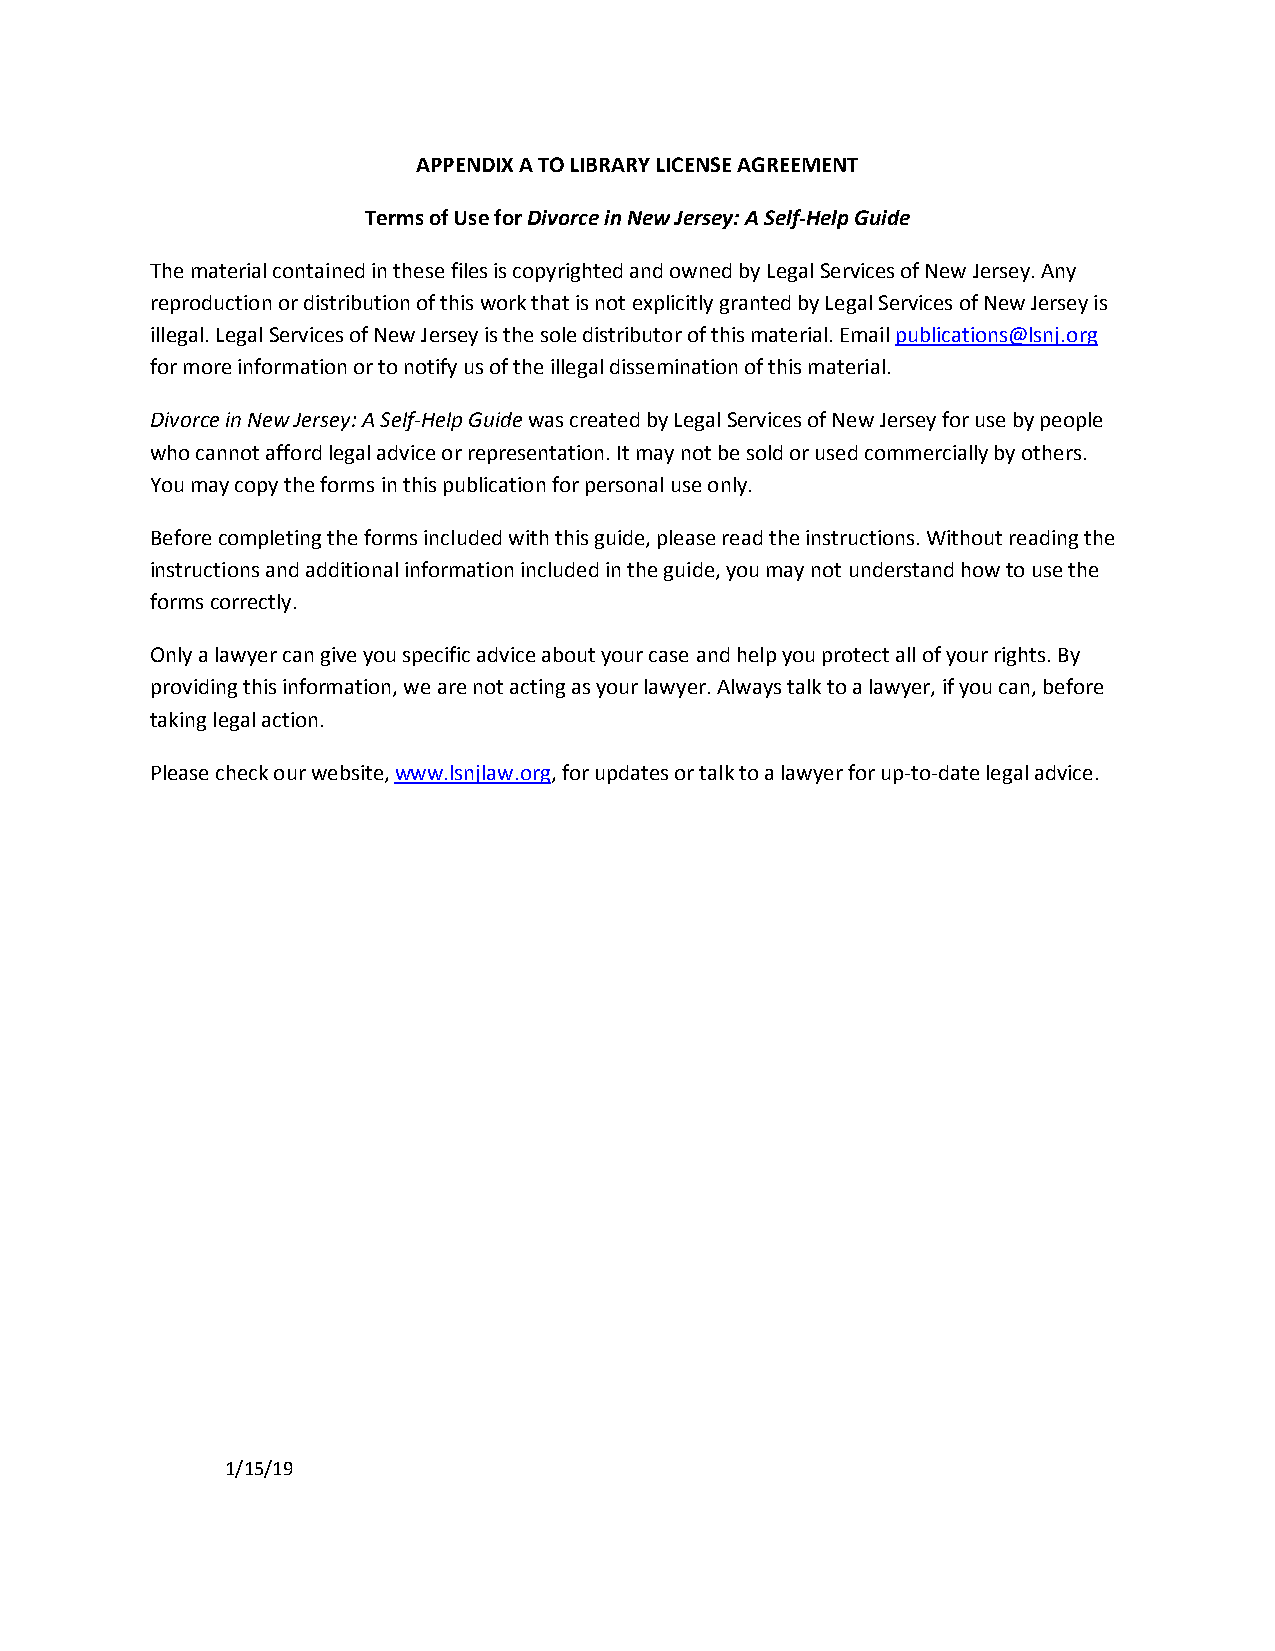
APPENDIX A TO LIBRARY LICENSE AGREEMENT
 Terms of Use for Divorce in New Jersey: A Self-Help Guide
 The material contained in these files is copyrighted and owned by Legal Services of New Jersey. Any
 reproduction or distribution of this work that is not explicitly granted by Legal Services of New Jersey is
 illegal. Legal Services of New Jersey is the sole distributor of this material. Email publications@lsnj.org
 for more information or to notify us of the illegal dissemination of this material.
 Divorce in New Jersey: A Self-Help Guide was created by Legal Services of New Jersey for use by people
 who cannot afford legal advice or representation. It may not be sold or used commercially by others.
 You may copy the forms in this publication for personal use only.
 Before completing the forms included with this guide, please read the instructions. Without reading the
 instructions and additional information included in the guide, you may not understand how to use the
 forms correctly.
 Only a lawyer can give you specific advice about your case and help you protect all of your rights. By
 providing this information, we are not acting as your lawyer. Always talk to a lawyer, if you can, before
 taking legal action.
 Please check our website, www.lsnjlaw.org, for updates or talk to a lawyer for up-to-date legal advice.
 1/15/19